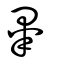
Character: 𥽦